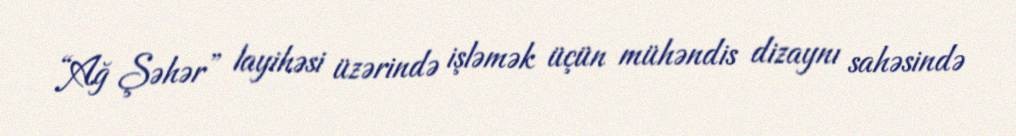
“Ağ Şəhər” layihəsi üzərində işləmək üçün mühəndis dizaynı sahəsində